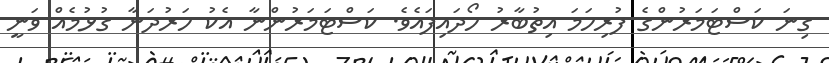
ގިނަ ކަސްޓަމަރުންގެ ފުރިހަމަ އިތުބާރު ހޯދައިފައެވެ. ކަސްޓަމަރުންނާ އެކު ހަރުދަނާ ގުޅުމެއް ވަނީ